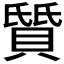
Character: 𫎛